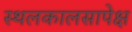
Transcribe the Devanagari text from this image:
स्थलकालसापेक्ष